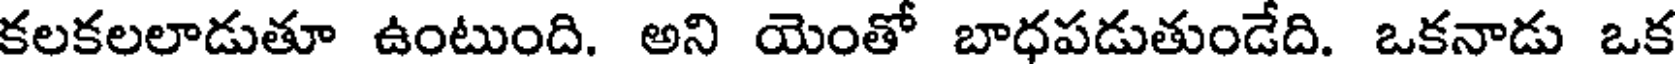
కలకలలాడుతూ ఉంటుంది. అని యెంతో బాధపడుతుండేది. ఒకనాడు ఒక